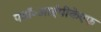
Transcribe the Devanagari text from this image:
पडॉ॰आईपीकेएफ